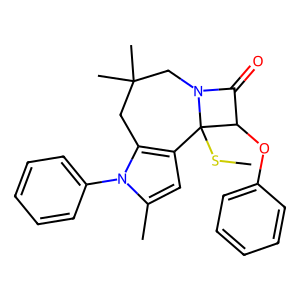
SMILES: CSC12c3cc(C)n(-c4ccccc4)c3CC(C)(C)CN1C(=O)C2Oc1ccccc1
Inhibits HIV replication: No